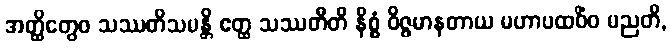
အတ္ထိတွေဝ သဿတိသမန္တိ ဧတ္ထ သဿတီတိ နိစ္စံ ဝိဇ္ဇမာနတာယ မဟာပထဝိံဝ မညတိ,